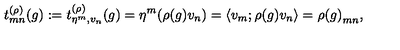
t _ { m n } ^ { ( \rho ) } ( g ) : = t _ { \eta ^ { m } , v _ { n } } ^ { ( \rho ) } ( g ) = \eta ^ { m } ( \rho ( g ) v _ { n } ) = \left< v _ { m } ; \rho ( g ) v _ { n } \right> = { \rho ( g ) } _ { m n } ,